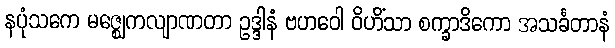
နပုံသကေ မဇ္ဈေကလျာဏတာ ဥဒ္ဒါနံ ဗဟဝေါ ဝိဟိံသာ စက္ခာဒိကော အသင်္ခတာနံ